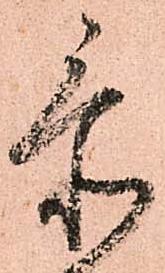
忝